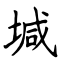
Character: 堿